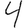
Digit: 4